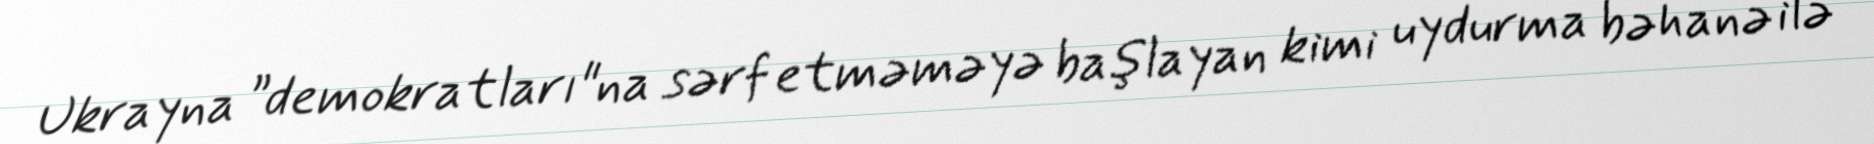
Ukrayna ”demokratları"na sərf etməməyə başlayan kimi uydurma bəhanə ilə